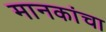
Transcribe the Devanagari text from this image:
मानकांचा